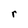
Character: r